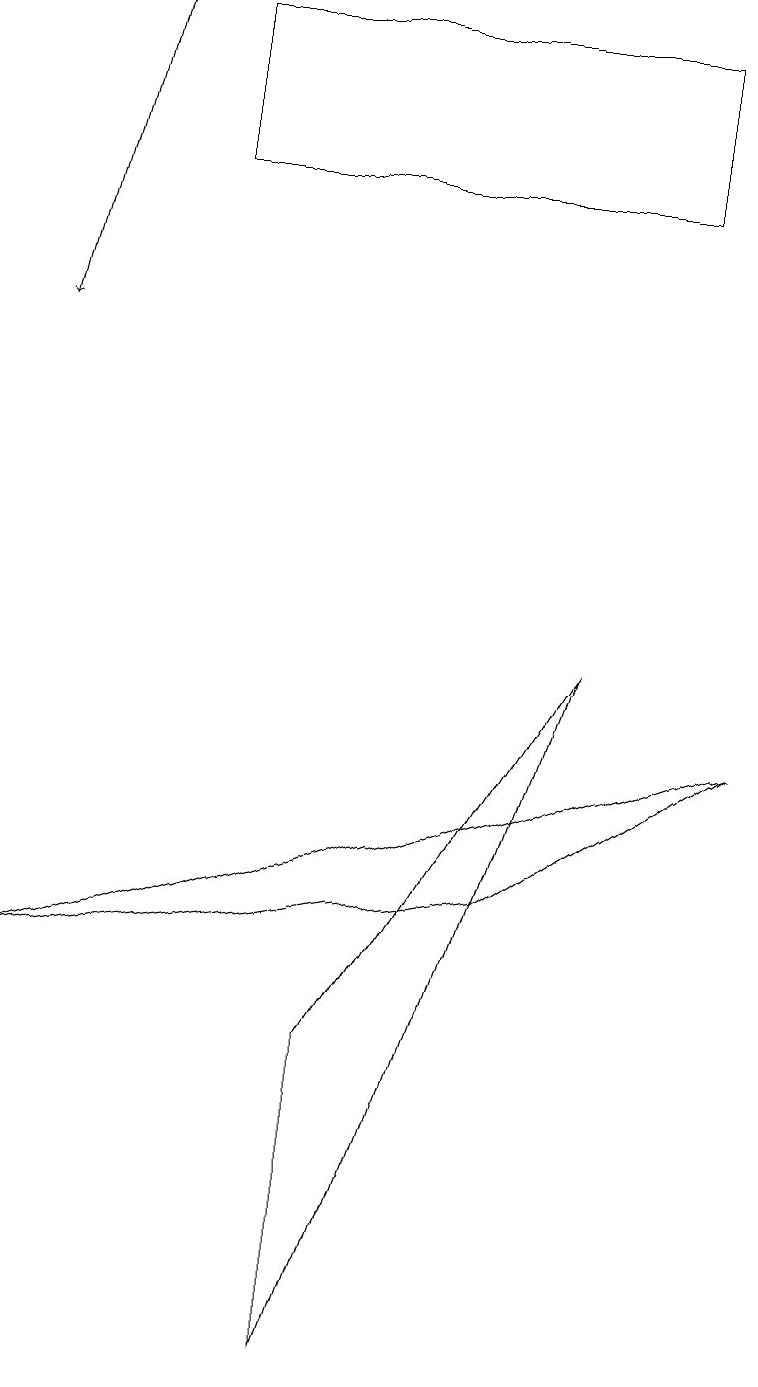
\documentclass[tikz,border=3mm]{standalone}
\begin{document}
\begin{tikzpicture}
\draw (5,15) rectangle (4,15);
\draw (5,17) rectangle (4,17);
\draw (7,9) -- (4,0) -- (4,4) -- cycle;
\draw (8,17) rectangle (2,15);
\draw[->] (1,17) -- (0,13);
\draw (9,8) -- (6,6) -- (0,5) -- cycle;
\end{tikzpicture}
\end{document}